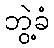
ဘွဲ့ခံ